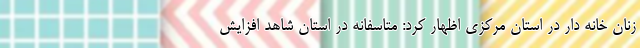
زنان خانه دار در استان مرکزی اظهار کرد: متاسفانه در استان شاهد افزایش